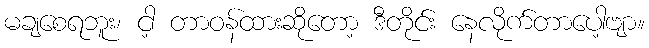
မချစေရဘူး၊ ငါ့ တာဝန်ထားဆိုတော့ ဒီတိုင်း နေလိုက်တာပေါ့ဗျာ။